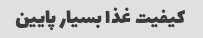
کیفیت غذا بسیار پایین